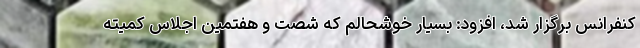
کنفرانس برگزار شد، افزود: بسیار خوشحالم که شصت و هفتمین اجلاس کمیته